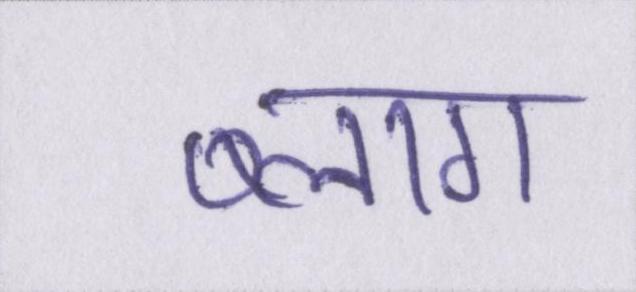
ब्लाग